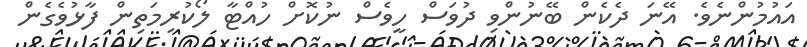
އައުމުންނެވެ. އޭނަ ދެކެން ބޭނުންވި ދުވަސް ހީވެސް ނުކޮށް ހުއްޓާ ލޯކުރިމަތިން ފާޅުވެގެން